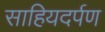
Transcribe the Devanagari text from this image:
साहियदर्पण